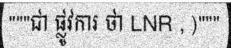
"""ជា ផ្លូវការ ថា LNR , )"""